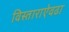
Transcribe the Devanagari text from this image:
विस्ताराऐवढा